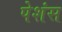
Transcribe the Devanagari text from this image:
पेशंस